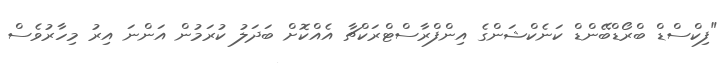
"ފިކްސްޑް ބްރޯޑްބޭންޑް ކަނެކްޝަންގެ އިންފްރާސްޓްރަކްޗާ އެއްކޮށް ބަދަލު ކުރަމުން އަންނަ އިރު މިހާރުވެސް